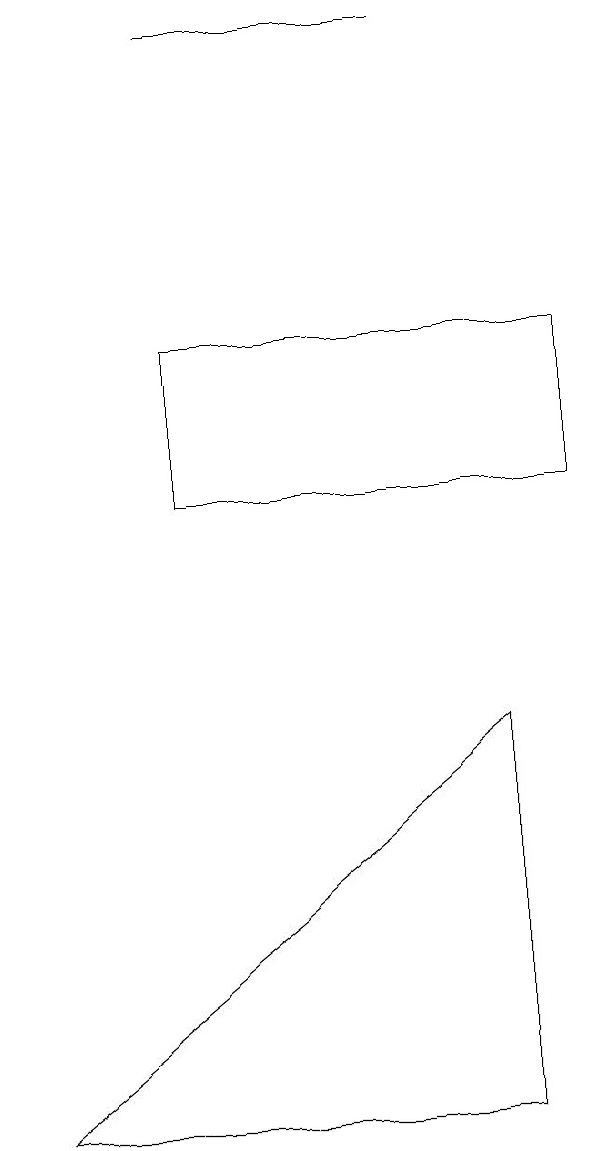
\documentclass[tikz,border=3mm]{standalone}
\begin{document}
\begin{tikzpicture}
\draw (2,12) rectangle (7,10);
\draw (5,16) rectangle (2,16);
\draw (0,2) -- (6,2) -- (6,7) -- cycle;
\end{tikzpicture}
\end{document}